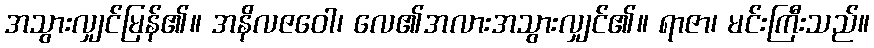
အသွားလျှင်မြန်၏။ အနိလဇဝေါ၊ လေ၏အလားအသွားလျှင်၏။ ရာဇာ၊ မင်းကြီးသည်။